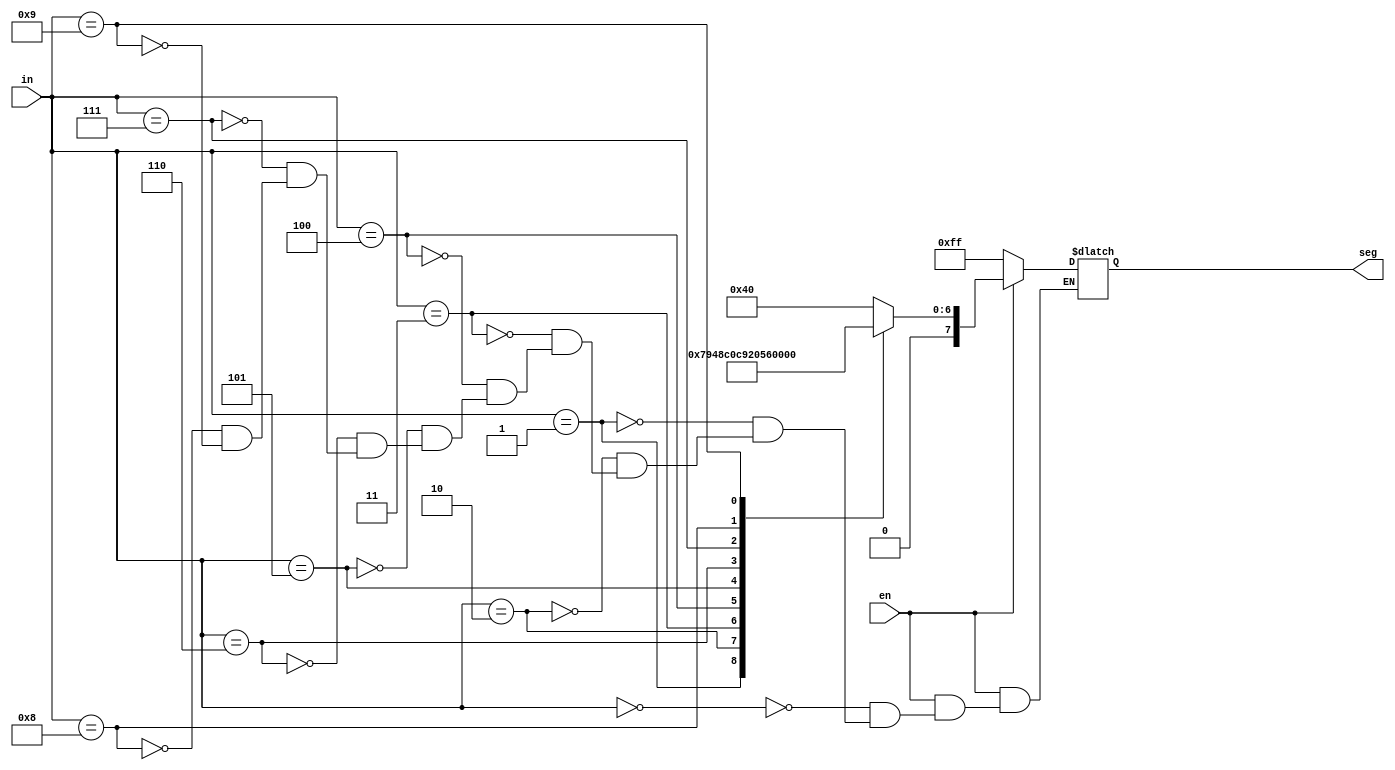
//display the decimal point of seven-segment display
module seven_seg_dot (en,in,seg);
input [3:0] in;
input en;
output [7:0] seg;

reg [7:0] seg;
always@(en or in)

begin
 if (!en) seg=8'b11111111;
 else case(in)
 4'd0: seg=8'b01000000;
 4'd1: seg=8'b01111001;
 4'd2: seg=8'b00100100;
 4'd3: seg=8'b00110000;
 4'd4: seg=8'b00011001;
 4'd5: seg=8'b00010010;
 4'd6: seg=8'b00000010;
 4'd7: seg=8'b01011000;
 4'd8: seg=8'b00000000;
 4'd9: seg=8'b00010000;
 endcase
 end
 endmodule